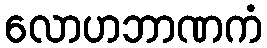
လောဟဘာဏကံ